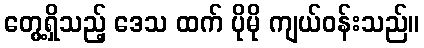
တွေ့ရှိသည့် ဒေသ ထက် ပိုမို ကျယ်ဝန်းသည်။